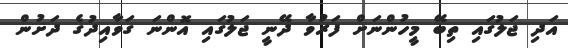
އަދި ޖަލުގައި ތިބޭ މީހުންނަށް ފަރުވާ ދޭނީ ޖަލުގައި އޮންނަ ގަވާއިދުގެ ދަށުން